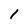
Character: 1